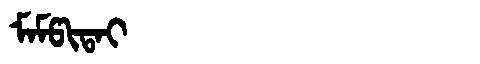
Manchu: ᠮᠠᠮᡦᡳᡨᠠᡳ
Romanization: MAMPITAI